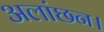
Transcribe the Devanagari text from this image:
अलांछन।